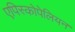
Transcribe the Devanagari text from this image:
एपिस्कोपेलियन